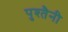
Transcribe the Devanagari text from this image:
पुश्‍तैनी